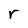
Character: r